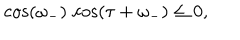
\cos ( \omega _ { - } ) \, \cos ( \tau + \omega _ { - } ) \leq 0 ,